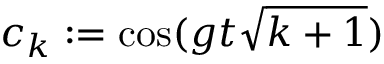
c _ { k } : = \cos ( g t \sqrt { k + 1 } )